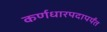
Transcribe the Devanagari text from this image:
कर्णधारपदापर्यंत